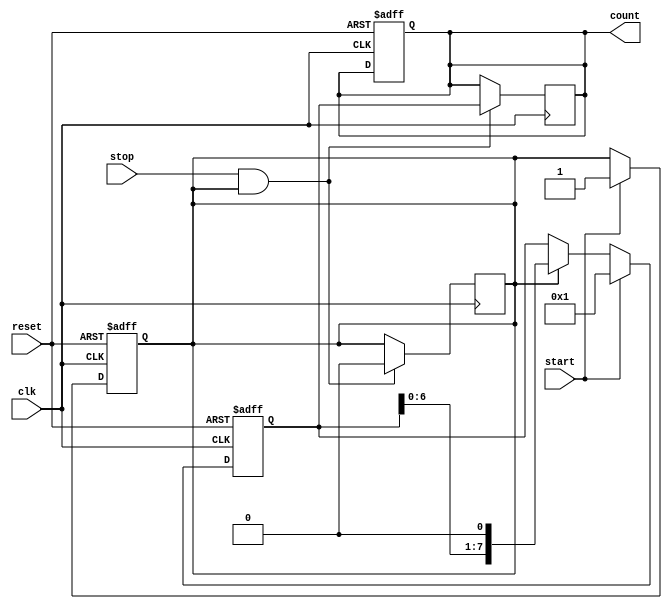
module TDC (
    input wire clk,          // System clock
    input wire reset,        // Reset signal
    input wire start,        // Start signal
    input wire stop,         // Stop signal
    output reg [N-1:0] count // Output count representing the measured time interval
);
    parameter N = 8; // Number of delay elements (adjust for resolution)
    reg [N-1:0] delay_line; // Delay line to hold the state of each delay element
    reg measuring; // Flag to indicate if measurement is in progress

    // Generate delay line using a series of flip-flops
    always @(posedge clk or posedge reset) begin
        if (reset) begin
            delay_line <= 0;
            count <= 0;
            measuring <= 0;
        end else if (start) begin
            measuring <= 1; // Start measuring
            delay_line <= 1; // Initialize delay line with the start signal
        end else if (measuring) begin
            // Shift the delay line on each clock cycle
            delay_line <= {delay_line[N-2:0], 1'b0}; // Shift left and add 0
        end
    end

    // Capture the count when the stop signal is received
    always @(posedge clk) begin
        if (stop && measuring) begin
            count <= delay_line; // Capture the current state of the delay line
            measuring <= 0; // Stop measuring
        end
    end

endmodule